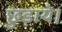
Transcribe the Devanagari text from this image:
छुड़ाये।